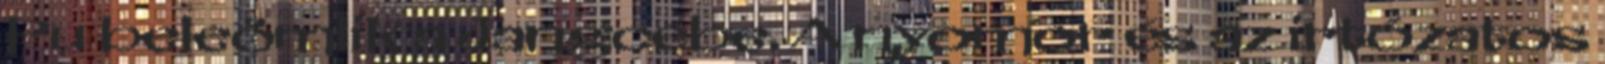
Pu beleömlik a Jangcébe. A nyomor és az irtózatos